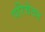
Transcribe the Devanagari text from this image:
परिचेदन